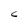
Character: C